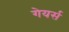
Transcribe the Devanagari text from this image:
गेयर्स